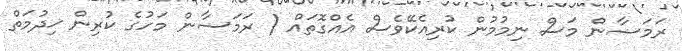
ރަމަޟާން މަސް ނިމުމުން ކުރިއެކޭވެސް އެއްގޮތައް ( ރަމަޟާން މަހުގެ ކުރިން ޚިދުމަތް